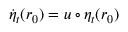
\dot { \eta } _ { t } ( r _ { 0 } ) = u \circ \eta _ { t } ( r _ { 0 } )